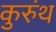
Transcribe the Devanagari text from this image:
कुरुंथ